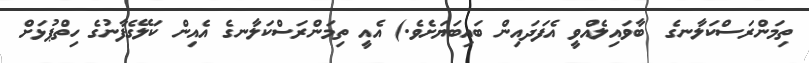
ތިމަންރަސްކަލާނގެ  ބާވައިލެއްވީ އެފަދައިން ބައިބަޔަށެވެ.) އެއީ ތިމަންރަސްކަލާނގެ އެއިން ކަލޭގެފާނުގެ ހިތްޕުޅަށް